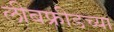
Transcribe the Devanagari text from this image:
लीबफ्रीडच्या